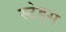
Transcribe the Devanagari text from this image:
स्टेड्स